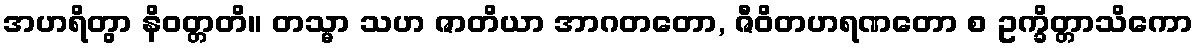
အဟရိတွာ နိဝတ္တတိ။ တသ္မာ သဟ ဇာတိယာ အာဂတတော, ဇီဝိတဟရဏတော စ ဥက္ခိတ္တာသိကော